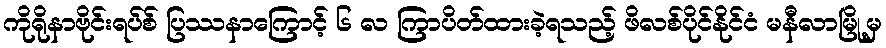
ကိုရိုနာဗိုင်းရပ်စ် ပြဿနာကြောင့် ၆ လ ကြာပိတ်ထားခဲ့ရသည့် ဖိလစ်ပိုင်နိုင်ငံ မနီလာမြို့မှ